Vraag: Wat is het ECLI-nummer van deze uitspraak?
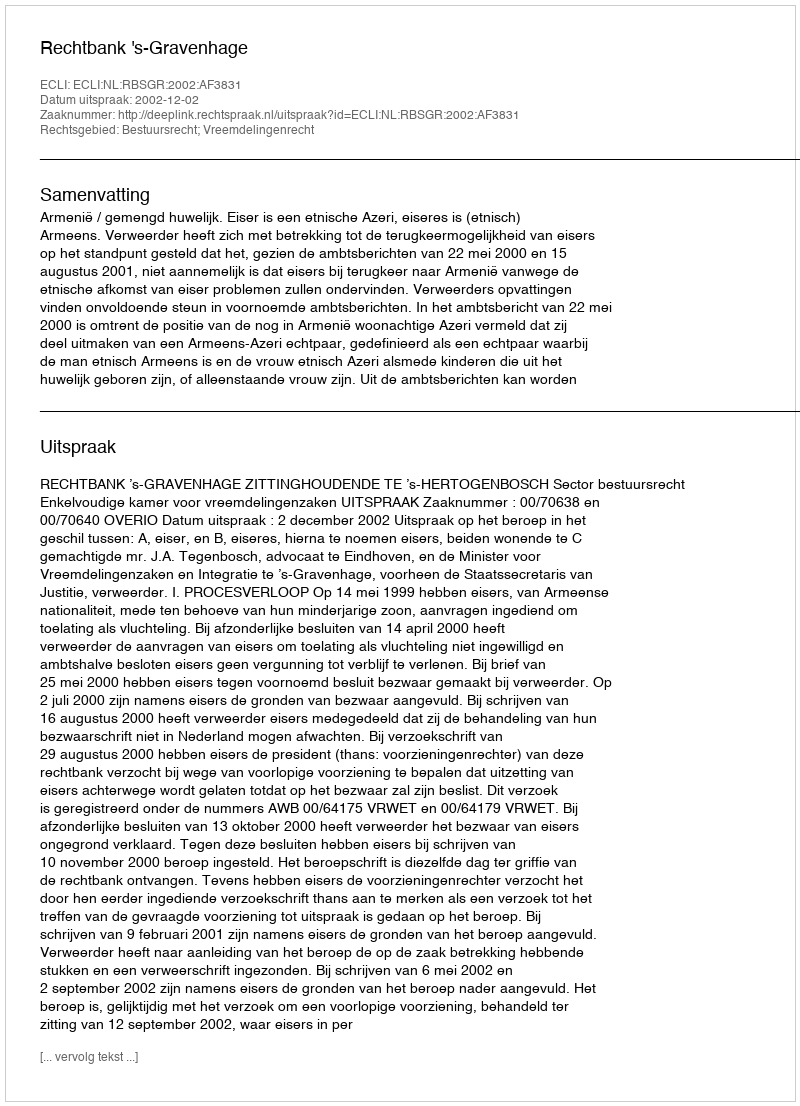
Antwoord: ECLI:NL:RBSGR:2002:AF3831